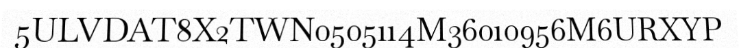
5ULVDAT8X2TWN0505114M36010956M6URXYP